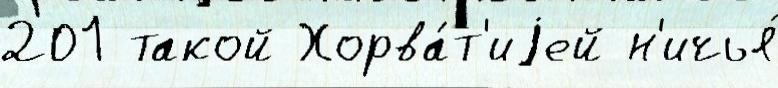
201 такой Хорва́т'иjей н'ичья́